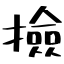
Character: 撿